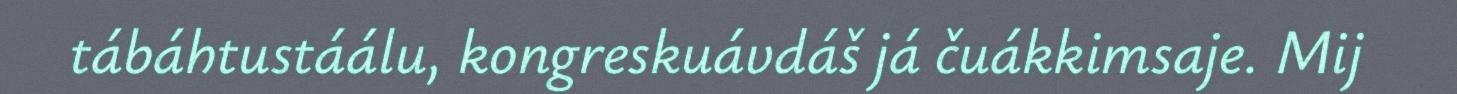
tábáhtustáálu, kongreskuávdáš já čuákkimsaje. Mij